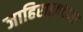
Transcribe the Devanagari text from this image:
जाहिरातपटकार